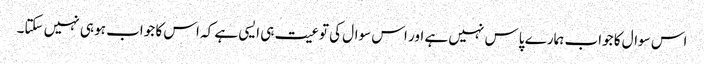
اس سوال کا جواب ہمارے پاس نہیں ہے اور اس سوال کی توعیت ہی ایسی ہے کہ اس کا جواب ہو ہی نہیں سکتا۔